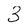
Character: 3